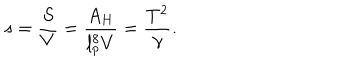
s = { \frac { S } { V } } = { \frac { A _ { H } } { l _ { p } ^ { 8 } V } } = { \frac { T ^ { 2 } } { \gamma } } .